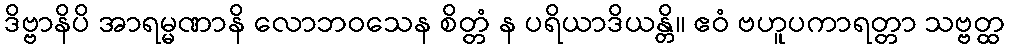
ဒိဗ္ဗာနိပိ အာရမ္မဏာနိ လောဘဝသေန စိတ္တံ န ပရိယာဒိယန္တိ။ ဧဝံ ဗဟူပကာရတ္တာ သဗ္ဗတ္ထ